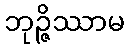
ဘုဉ္ဇိဿာမ